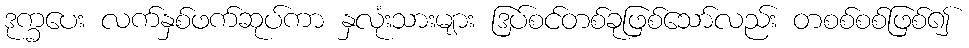
ဒုက္ခပေး လက်နှစ်ဖက်ဆုပ်ကာ နှလုံးသားများ ဒြပ်စင်တစ်ခုဖြစ်သော်လည်း တစစ်စစ်ဖြစ်၍